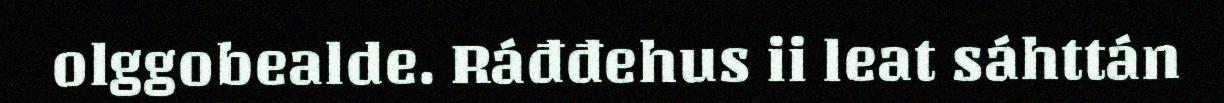
olggobealde. Ráđđehus ii leat sáhttán